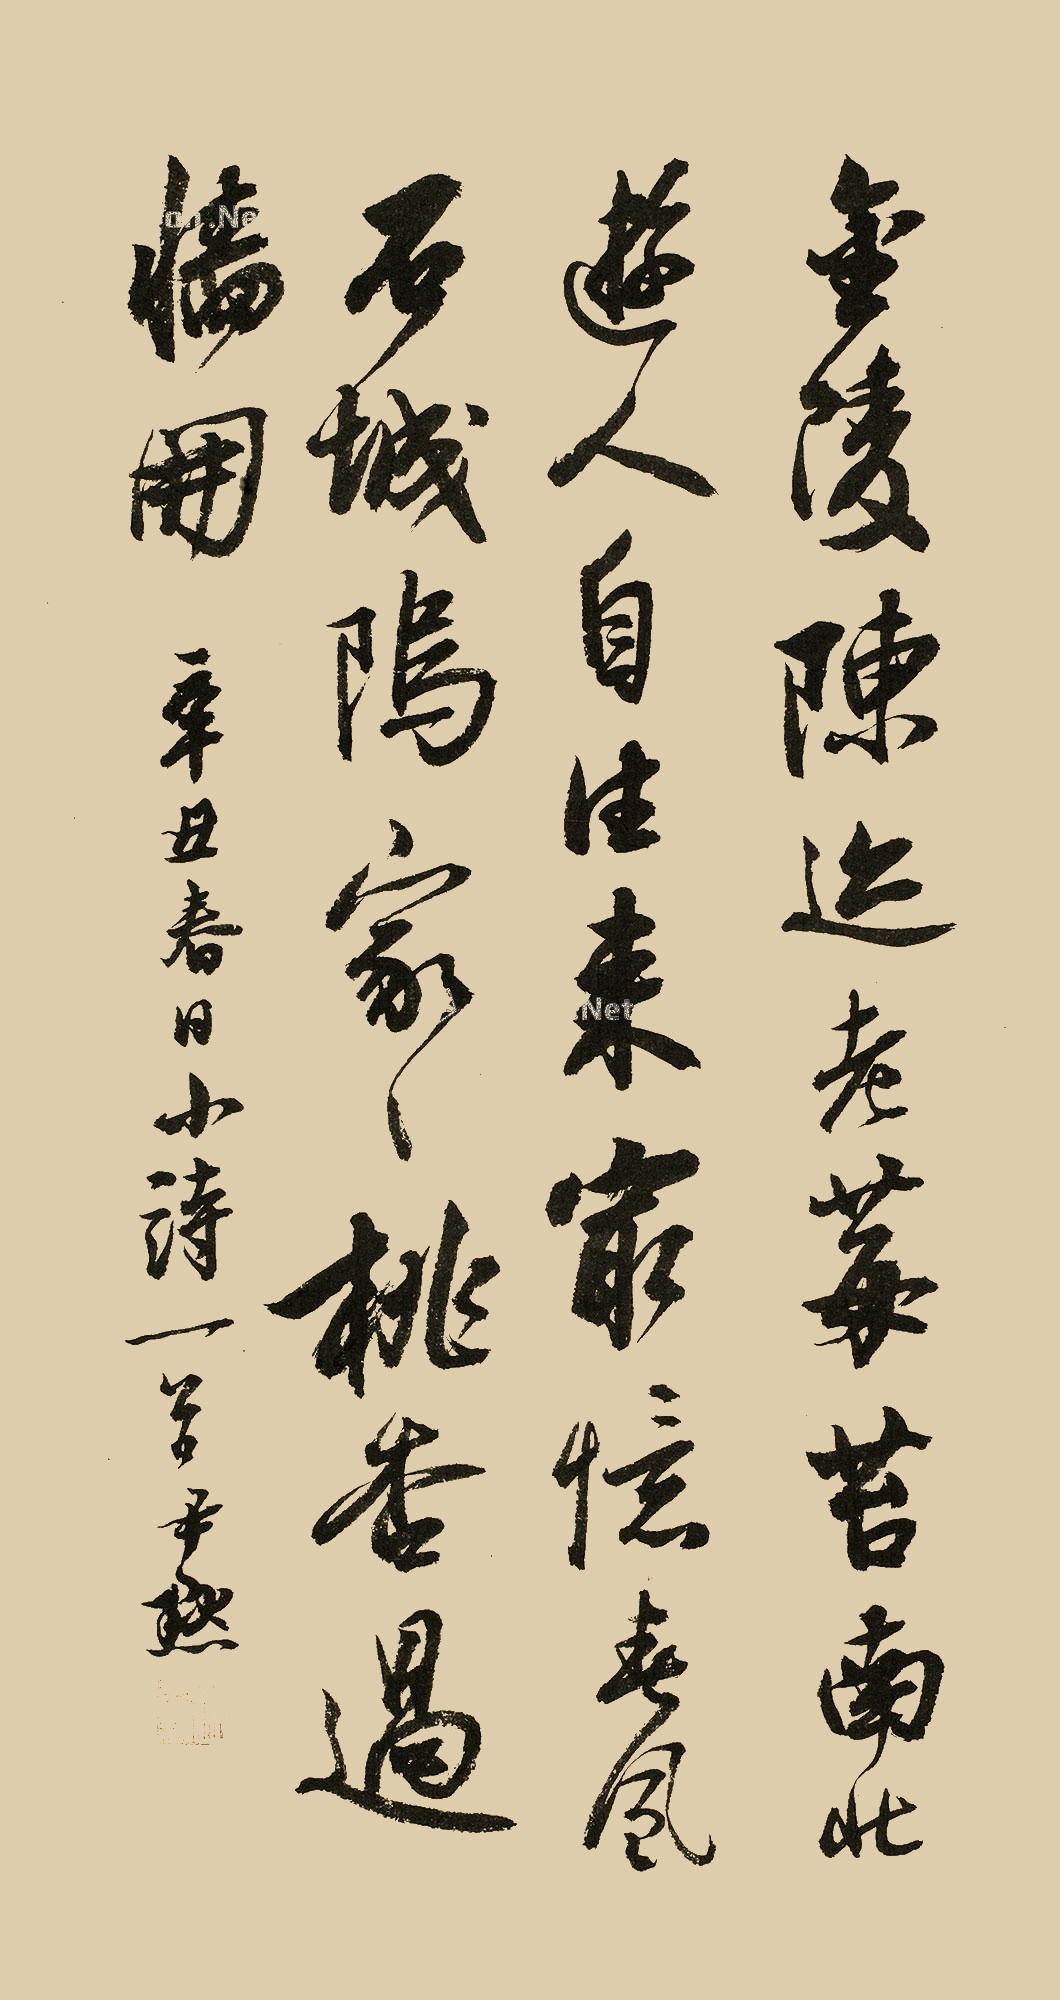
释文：金陵陈迹老莓苔，南北游人自往来。最忆春风石城坞，家家桃杏过墙开。辛丑春日小诗一首，尹默。